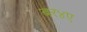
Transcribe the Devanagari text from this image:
बर४ए